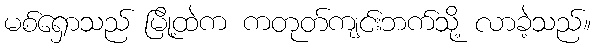
မစ်ရှောသည် မြို့ထဲက ကတုတ်ကျင်းဘက်သို့ လာခဲ့သည်။